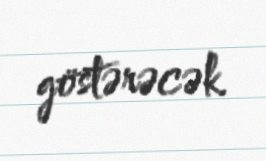
göstərəcək.